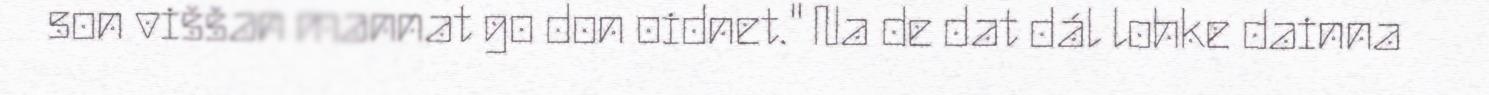
son viššan mannat go don oidnet." Na de dat dál lohke dainna